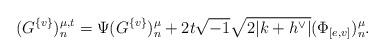
LaTeX: \begin{align*} (G^{\{ v \}})^{\mu,t}_n =\Psi(G^{\{ v \}})^\mu_n+2t\sqrt{-1}\sqrt{2|k+h^\vee|} (\Phi_{[e,v]})^\mu_n.\end{align*}